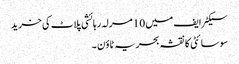
سیکٹر ایف میں 10 مرلہ رہائشی پلاٹ کی خرید
سوسائٹی کا نقشہ بحریہ ٹاؤن ۔